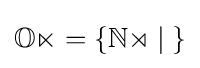
{\textstyle \mathbb {On} =\{\mathbb {No} \mid {}\}}